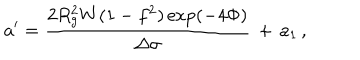
LaTeX: a ^ { \prime } = \frac { 2 R _ { g } ^ { 2 } W ( 1 - f ^ { 2 } ) \exp ( - 4 \Phi ) } { \Delta \sigma } \, + \, a _ { 1 } \, ,